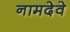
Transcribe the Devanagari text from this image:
नामदेवे